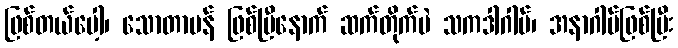
ဖြစ်တယ်ပေါ့၊ သောတာပန် ဖြစ်ပြီနောက် ဆက်တိုက်ပဲ သကဒါဂါမ်၊ အနာဂါမ်ဖြစ်ပြီး